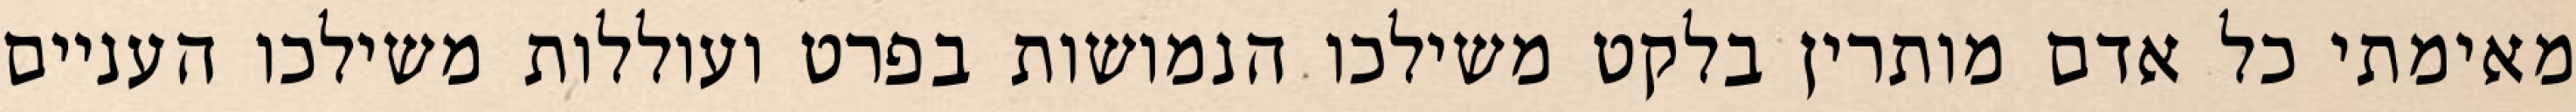
מאימתי כל אדם מותרין בלקט משילכו הנמושות בפרט ועוללות משילכו העניים